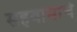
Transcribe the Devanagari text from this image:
सहवासाचे